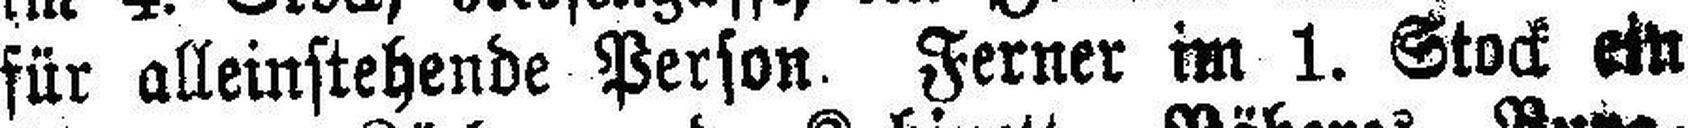
für alleinstehende Person. Ferner im 1. Stock ein